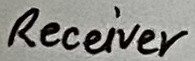
Text: Receiver